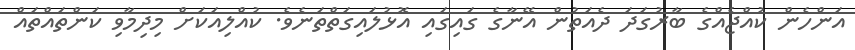
އަންހެން ކުއްޖެއްގެ ބާރުގަދަ ދެއަތުން އޭނާގެ ގައިގައި އޮޅުލައިގަތްތަނެވެ. ކުއްލިއަކަށް މިދިމާވި ކަންތައްތައް